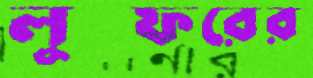
লুত্ফরের